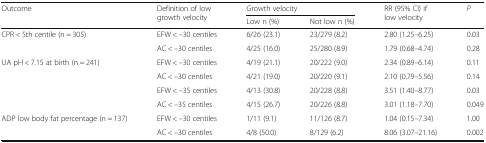
<table><thead><tr><td rowspan="2"><b>Outcome</b></td><td rowspan="2"><b>Definition of low growth velocity</b></td><td colspan="2"><b>Growth velocity</b></td><td rowspan="2"><b>RR (95% CI) if low velocity</b></td><td rowspan="2"><b><i>P</i></b></td></tr><tr><td><b>Low n (%)</b></td><td><b>Not low n (%)</b></td></tr></thead><tbody><tr><td rowspan="2">CPR &lt; 5th centile (n = 305)</td><td>EFW &lt; –30 centiles</td><td>6/26 (23.1)</td><td>23/279 (8.2)</td><td>2.80 (1.25–6.25)</td><td>0.03</td></tr><tr><td>AC &lt; –30 centiles</td><td>4/25 (16.0)</td><td>25/280 (8.9)</td><td>1.79 (0.68–4.74)</td><td>0.28</td></tr><tr><td rowspan="4">UA pH &lt; 7.15 at birth (n = 241)</td><td>EFW &lt; –30 centiles</td><td>4/19 (21.1)</td><td>20/222 (9.0)</td><td>2.34 (0.89–6.14)</td><td>0.11</td></tr><tr><td>AC &lt; –30 centiles</td><td>4/21 (19.0)</td><td>20/220 (9.1)</td><td>2.10 (0.79–5.56)</td><td>0.14</td></tr><tr><td>EFW &lt; –35 centiles</td><td>4/13 (30.8)</td><td>20/228 (8.8)</td><td>3.51 (1.40–8.77)</td><td>0.03</td></tr><tr><td>AC &lt; –35 centiles</td><td>4/15 (26.7)</td><td>20/226 (8.8)</td><td>3.01 (1.18–7.70)</td><td>0.049</td></tr><tr><td rowspan="2">ADP low body fat percentage (n = 137)</td><td>EFW &lt; –30 centiles</td><td>1/11 (9.1)</td><td>11/126 (8.7)</td><td>1.04 (0.15–7.34)</td><td>1.00</td></tr><tr><td>AC &lt; –30 centiles</td><td>4/8 (50.0)</td><td>8/129 (6.2)</td><td>8.06 (3.07–21.16)</td><td>0.002</td></tr></tbody></table>